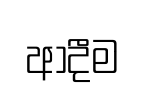
ආදීම